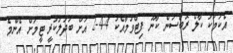
އެކަމަކު ކާލް ރޮބްސަން ކާނޫ ފިޓްވުމާއެކު 4-4-2 އަށް ބަދަލުކުރީ ޓީމަށް އެންމެ